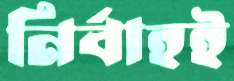
নির্বাহই